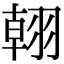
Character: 䎐